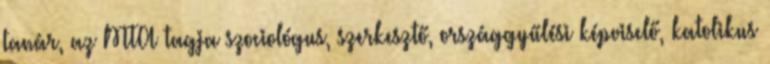
tanár, az MTA tagja szociológus, szerkesztő, országgyűlési képviselő, katolikus